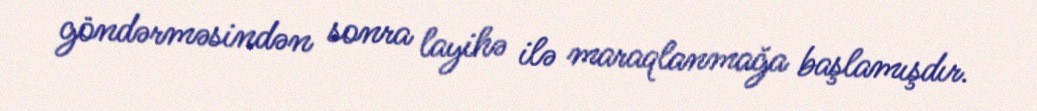
göndərməsindən sonra layihə ilə maraqlanmağa başlamışdır.